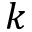
k